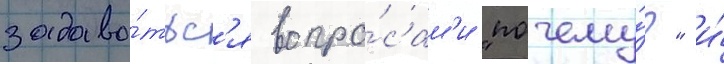
задава́тьс'я вопро́сам'и "почему́?" и́